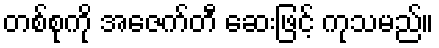
တစ်စုကို အေဇက်တီ ဆေးဖြင့် ကုသမည်။